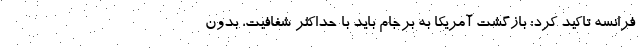
فرانسه تاکید کرد: بازگشت آمریکا به برجام باید با حداکثر شفافیت، بدون